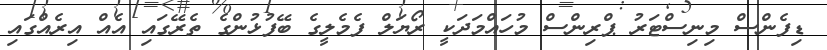
ޑިފެންސް މިނިސްޓަރު ޕްރިންސް މުހައްމަދަކީ ރޯޔަލް ފެމެލީގެ ބޭފުޅުންގެ ތެރޭގައި އެއް އިރެއްގައި